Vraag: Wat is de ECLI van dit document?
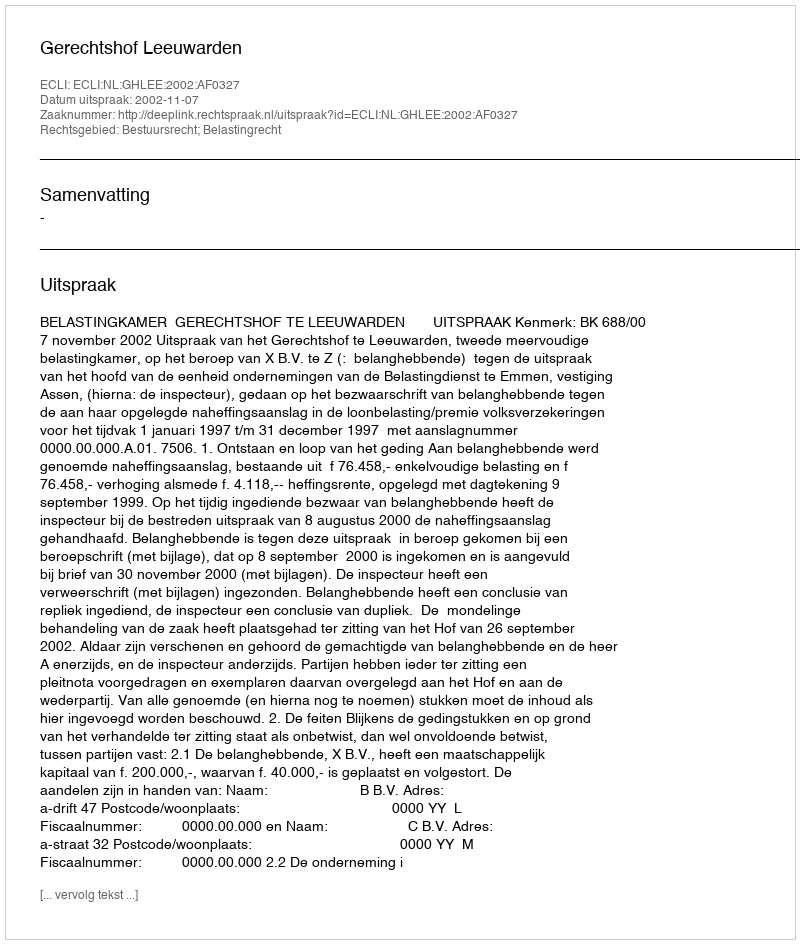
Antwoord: ECLI:NL:GHLEE:2002:AF0327